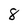
Character: 8